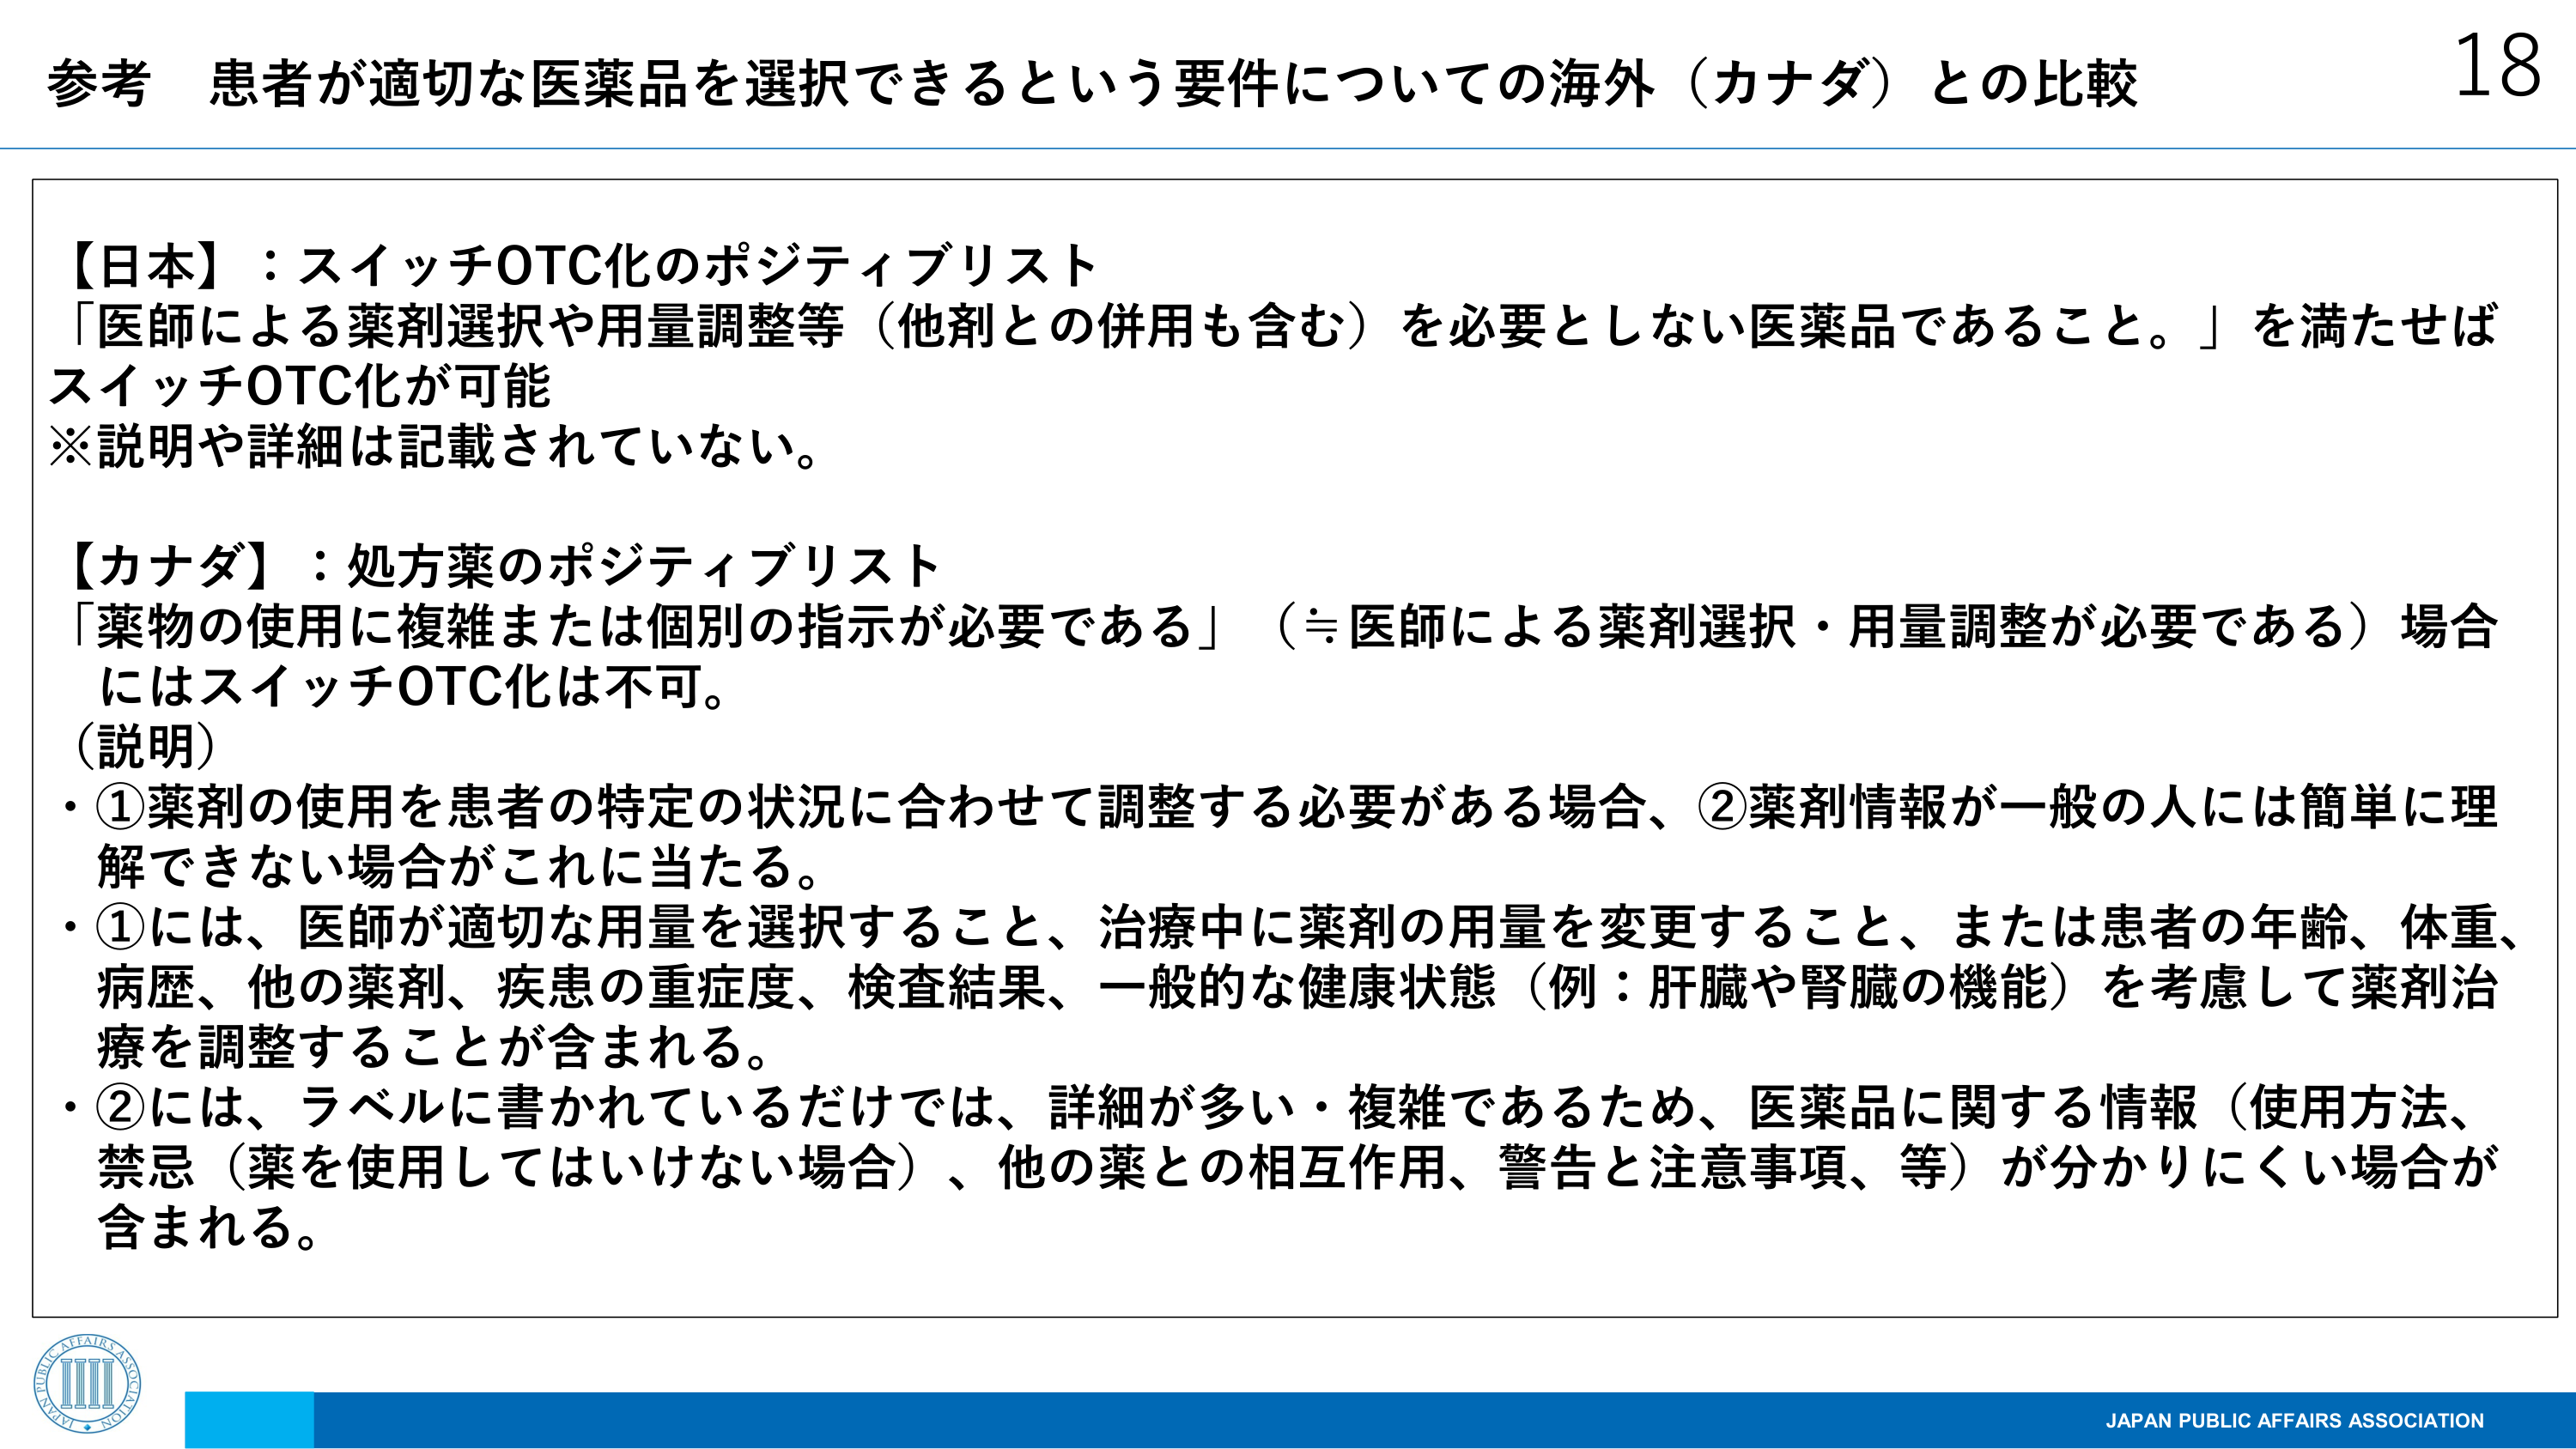
参考 患者が適切な医薬品を選択できるという要件についての海外（カナダ）との比較 18

【日本】：スイッチOTC化のポジティブリスト
「医師による薬剤選択や用量調整等（他剤との併用も含む）を必要としない医薬品であること。」を満たせば
スイッチOTC化が可能
※説明や詳細は記載されていない。

【カナダ】：処方薬のポジティブリスト
「薬物の使用に複雑または個別の指示が必要である」（≒医師による薬剤選択・用量調整が必要である）場合にはスイッチOTC化は不可。
（説明）
・①薬剤の使用を患者の特定の状況に合わせて調整する必要がある場合、②薬剤情報が一般の人に簡単には理解できない場合がこれに当たる。
・①には、医師が適切な用量を選択すること、治療中に薬剤の用量を変更すること、または患者の年齢、体重、病歴、他の薬剤、疾患の重症度、検査結果、一般的な健康状態（例：肝臓や腎臓の機能）を考慮して薬剤治療を調整することが含まれる。
・②には、ラベルに書かれているだけでは、詳細が多い・複雑であるため、医薬品に関する情報（使用方法、禁忌（薬を使用してはいけない場合）、他の薬との相互作用、警告と注意事項、等）が分かりにくい場合が含まれる。

JAPAN PUBLIC AFFAIRS ASSOCIATION